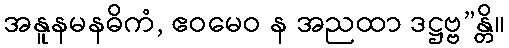
အနူနမနဓိကံ, ဧဝမေဝ န အညထာ ဒဋ္ဌဗ္ဗ”န္တိ။